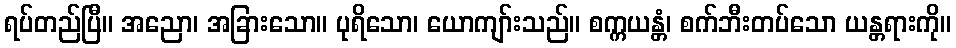
ရပ်တည်ပြီ။ အညော၊ အခြားသော။ ပုရိသော၊ ယောကျာ်းသည်။ စက္ကယန္တံ၊ စက်ဘီးတပ်သော ယန္တရားကို။